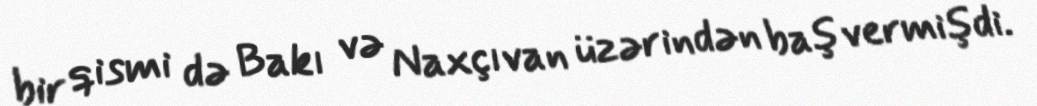
bir qismi də Bakı və Naxçıvan üzərindən baş vermişdi.